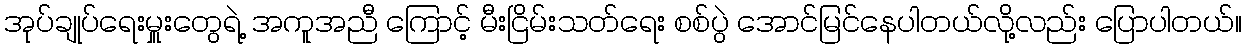
အုပ်ချုပ်ရေးမှူးတွေရဲ့ အကူအညီ ကြောင့် မီးငြိမ်းသတ်ရေး စစ်ပွဲ အောင်မြင်နေပါတယ်လို့လည်း ပြောပါတယ်။